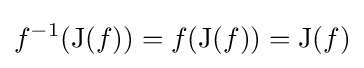
f^{-1}(\operatorname {J} (f))=f(\operatorname {J} (f))=\operatorname {J} (f)